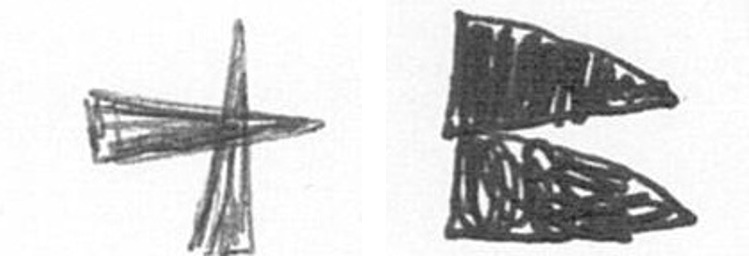
G P